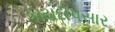
કાયદોપસાર